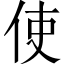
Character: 使